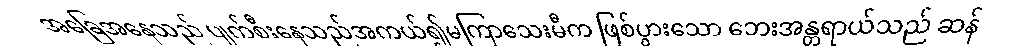
အခြေအနေသည် ပျက်စီးနေသည်အကယ်၍မကြာသေးမီက ဖြစ်ပွားသော ဘေးအန္တရာယ်သည် ဆန်